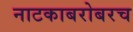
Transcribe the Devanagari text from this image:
नाटकाबरोबरच